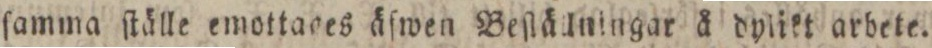
ſamma ſtälle emottages äſwen Beſtällningar å dylikt arbete.